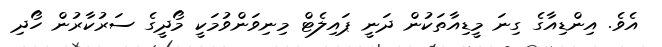
އެވެ. އިންޑިއާގެ ގިނަ މީޑިއާތަކުން ދަނީ ޕައިލެޓް މިނިވަންވުމަކީ މޯދީގެ ސަރުކާރުން ހޯދި